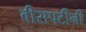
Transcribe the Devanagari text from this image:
वीसपटीनी